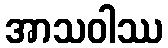
အာသဝါဿ